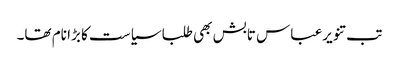
تب تنویرعباس تابش بھی طلبا سیاست کا بڑا نام تھا۔